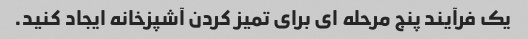
یک فرآیند پنج مرحله ای برای تمیز کردن آشپزخانه ایجاد کنید.